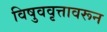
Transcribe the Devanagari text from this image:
विषुववृत्तावरून